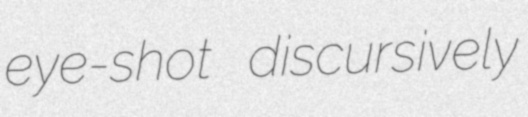
eye-shot discursively